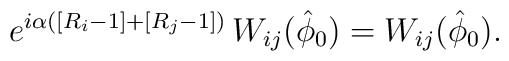
e^{i \alpha \left( \left[R_i-1\right] + \left[ R_j - 1 \right] \right)}\, W_{ij} (\hat  \phi_0 ) =W_{ij} (\hat  \phi_0).